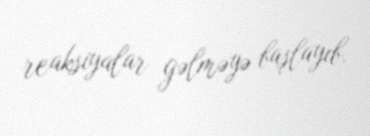
reaksiyalar gəlməyə başlayıb.